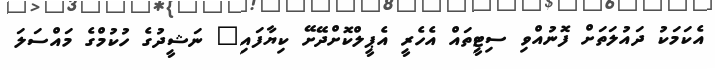
އެކަމަކު ދައުލަތަށް ފޮނުއްވި ސިޓީތައް އެހެރީ އެޕީލްކޮށްދޭށޭ ކިޔާފައި" ނަޝީދުގެ ހުކުމްގެ މައްސަލަ